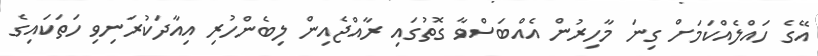
އޭގެ ހައްލެއްކަމަށް ގިނަ މާހިރުން އެއްބަސްވާ ގޮތުގައި ރާއްޖެއިން ލިބެންހުރި އިއާދަކުރަނިވި ހަތަކައިގެ